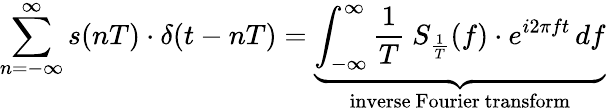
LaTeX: \sum_{n=-\infty}^{\infty}s(nT)\cdot\delta(t-nT)=\underbrace{\int_{-\infty}^{\infty}{\frac{1}{T}}\ S_{\frac{1}{T}}(f)\cdot e^{i2\pi ft}\, df}_{\mathrm{inverse~Fourier~transform}}